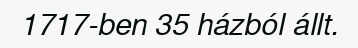
1717-ben 35 házból állt.